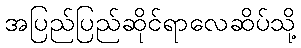
အပြည်ပြည်ဆိုင်ရာလေဆိပ်သို့